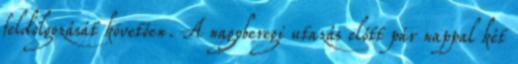
feldolgozását követően. A nagyberegi utazás előtt pár nappal két